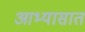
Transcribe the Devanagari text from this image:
आभ्यासात